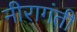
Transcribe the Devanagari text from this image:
नीरागंती